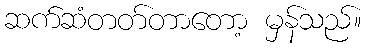
ဆက်ဆံတတ်တာတော့ မှန်သည်။